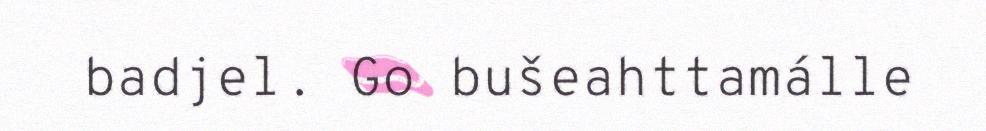
badjel. Go bušeahttamálle